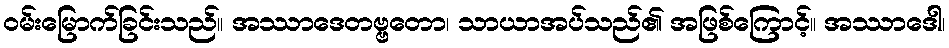
ဝမ်းမြောက်ခြင်းသည်။ အဿာဒေတဗ္ဗတော၊ သာယာအပ်သည်၏ အဖြစ်ကြောင့်။ အဿာဒေါ၊